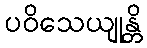
ပဝိသေယျုန္တိ